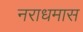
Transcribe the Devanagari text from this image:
नराधमास